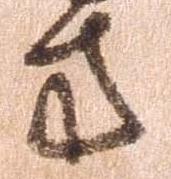
方